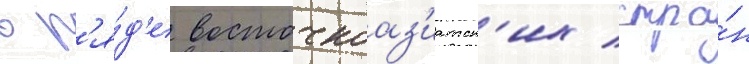
в р'я́д'е восточноаз'иатск'их стра́н